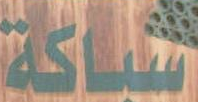
شاكة